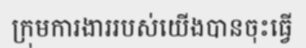
ក្រុមការងាររបស់យើងបានចុះធ្វើ